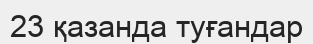
23 қазанда туғандар